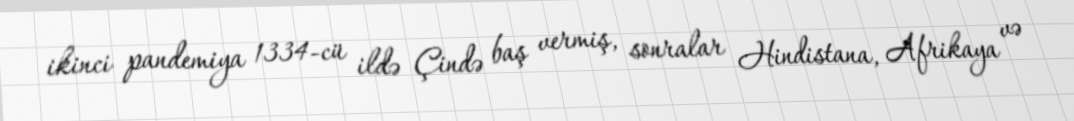
ikinci pandemiya 1334-cü ildə Çində baş vermiş, sonralar Hindistana, Afrikaya və